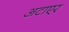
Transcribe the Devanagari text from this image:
अटाएर